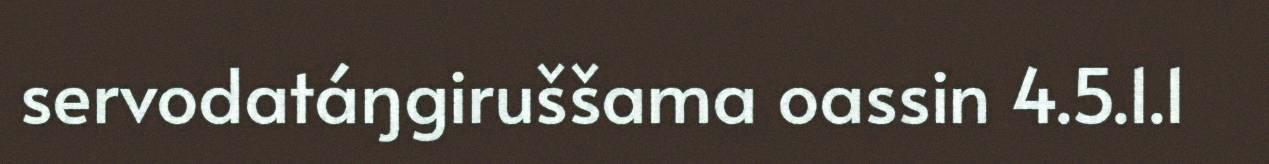
servodatáŋgiruššama oassin 4.5.1.1